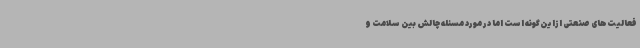
فعالیت‌های صنعتی ازاین‌گونه است اما در مورد مسئله چالش بین سلامت و